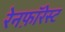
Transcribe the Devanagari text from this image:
रेनफ़ॉरेस्ट